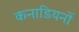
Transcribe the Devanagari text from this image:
कनाडियनों